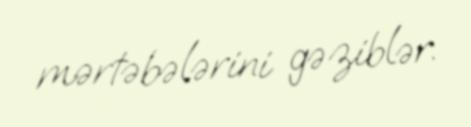
mərtəbələrini gəziblər.